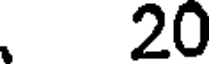
20